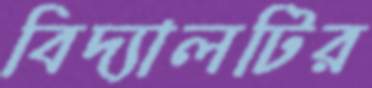
বিদ্যালটির